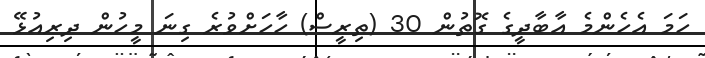
ހަމަ އެހެންމެ އާބާދީގެ ގޮތުން 30 (ތިރީސް) ހާހަށްވުރެ ގިނަ މީހުން ދިރިއުޅޭ